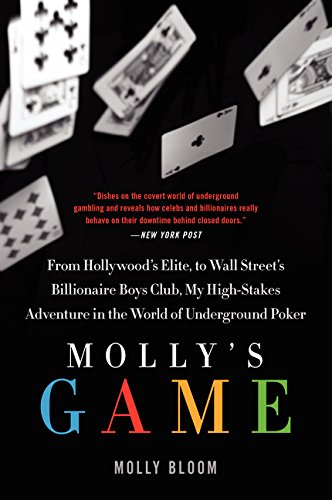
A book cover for Molly's Game: From Hollywood's Elite to Wall Street's Billionaire Boys Club, My High-Stakes Adventure in the World of Underground Poker; Molly Bloom; Humor & Entertainment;